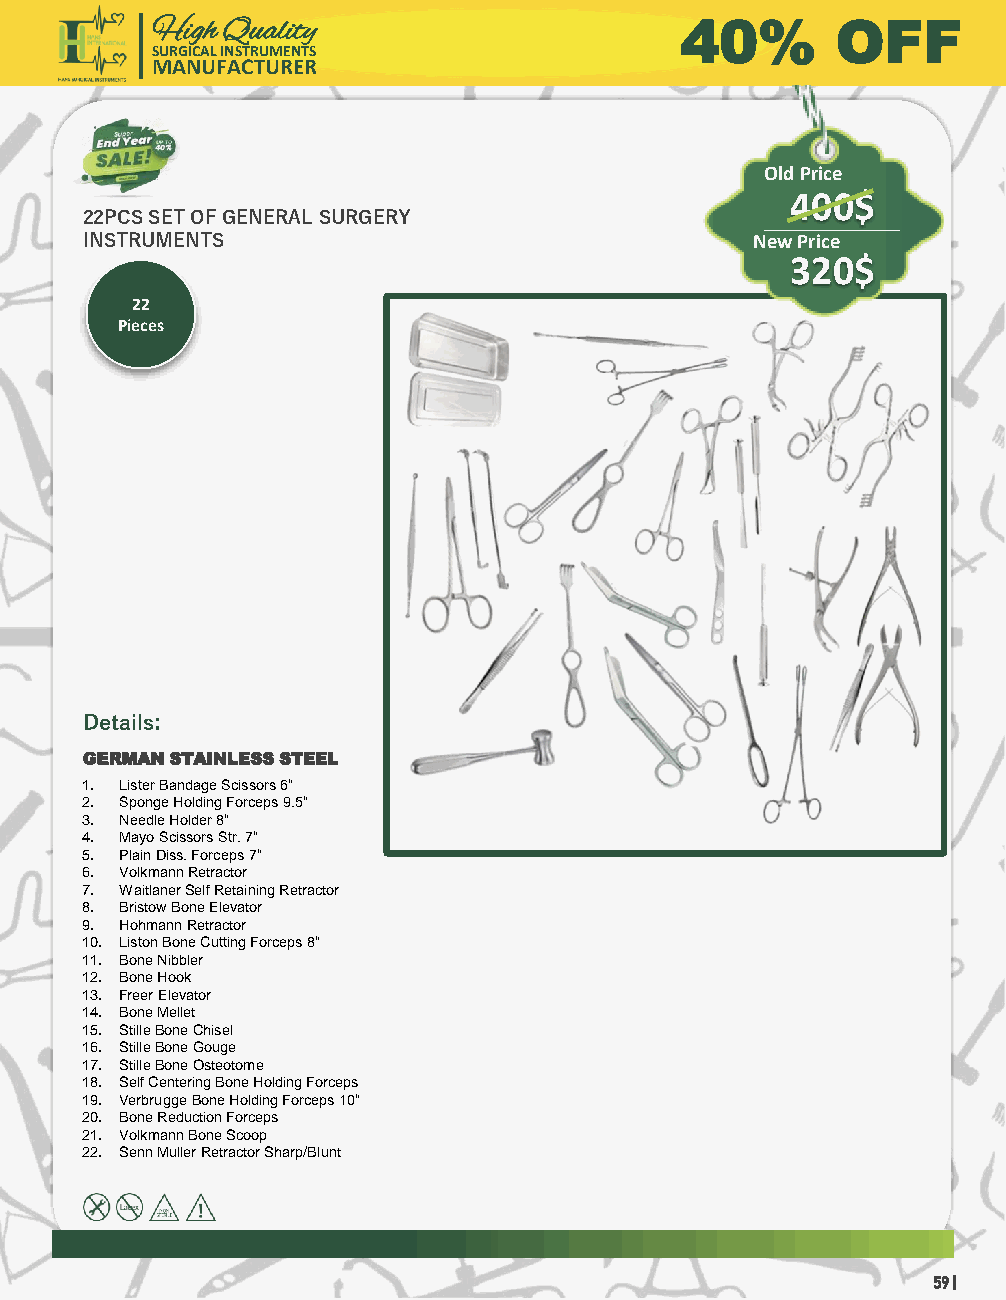
High Quality                       40%       OFF
 SURGICAL INSTRUMENTS
 MANUFACTURER
 Old Price
 400$
 22PCS SET OF GENERAL SURGERY
 INSTRUMENTS                                  New Price
 320$
 22
 Pieces
 Details:
 GERMAN STAINLESS STEEL
 1. Lister Bandage Scissors 6“
 2. Sponge Holding Forceps 9.5“
 3. Needle Holder 8“
 4. Mayo Scissors Str. 7“
 5. Plain Diss. Forceps 7“
 6. Volkmann Retractor
 7. WaitlanerSelf Retaining Retractor
 8. Bristow Bone Elevator
 9. HohmannRetractor
 10. Liston Bone Cutting Forceps 8“
 11. Bone Nibbler
 12. Bone Hook
 13. Freer Elevator
 14. Bone Mellet
 15. StilleBone Chisel
 16. StilleBone Gouge
 17. StilleBone Osteotome
 18. Self Centering Bone Holding Forceps
 19. VerbruggeBone Holding Forceps 10“
 20. Bone Reduction Forceps
 21. Volkmann Bone Scoop
 22. SennMuller Retractor Sharp/Blunt
 59 |